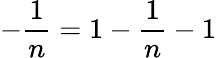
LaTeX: -\frac{1}{n}=1-\frac{1}{n}-1